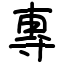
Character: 專